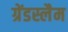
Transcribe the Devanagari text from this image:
ग्रेंडस्लैम